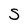
Character: S